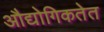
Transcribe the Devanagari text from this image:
औद्योगिकतेत